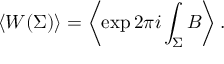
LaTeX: \left< W ( \Sigma ) \right> = \left< \exp 2 \pi i \int _ { \Sigma } B \right> .